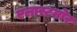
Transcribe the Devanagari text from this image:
एलास्टमोर